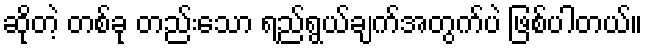
ဆိုတဲ့ တစ်ခု တည်းသော ရည်ရွယ်ချက်အတွက်ပဲ ဖြစ်ပါတယ်။